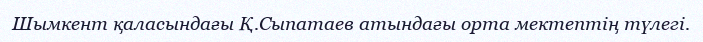
Шымкент қаласындағы Қ.Сыпатаев атындағы орта мектептің түлегі.